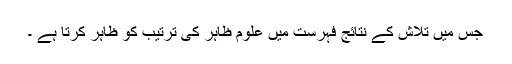
جس میں تلاش کے نتائج فہرست میں علوم ظاہر کی ترتیب کو ظاہر کرتا ہے ۔